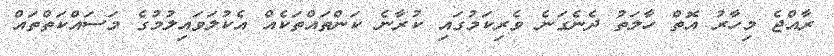
ރާއްޖެ މިހާރު އޮތް ހާލަތު ދެނެގަނެ ވެރިކަމުގައި ކުރާނެ ކަންތައްތަކެއް އެކުލަވައިލުމުގެ މަސައްކަތްތައް